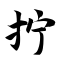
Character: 拧